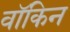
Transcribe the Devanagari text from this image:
वॉकिन